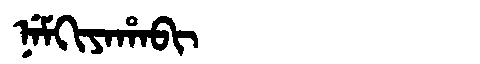
Manchu: ᠨᡝᠮᡴᡳᠶᠠᡥᠠᠪᡳ
Romanization: NEMKIYAHABI